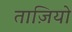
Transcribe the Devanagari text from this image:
ताज़ियो